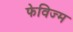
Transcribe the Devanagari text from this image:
फेविज्म